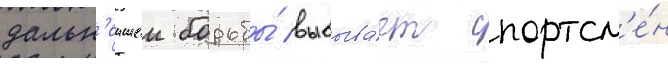
дальн'еишеи борьбы́ выбыва́ет спортсм'е́н